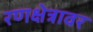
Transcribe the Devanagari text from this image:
रणक्षेत्रावर